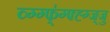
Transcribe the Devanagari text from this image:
व्ग्ग्फ्॑ग्फ्ह्ग्ज्जु